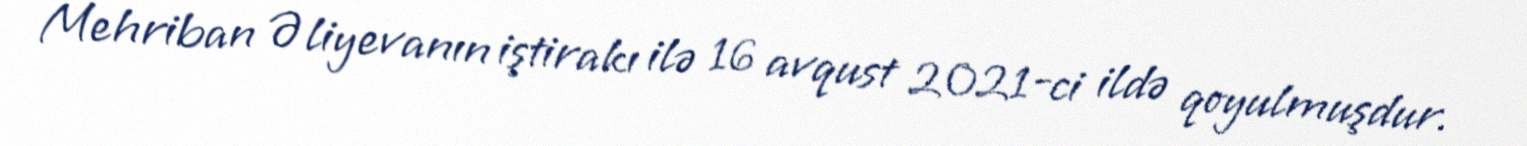
Mehriban Əliyevanın iştirakı ilə 16 avqust 2021-ci ildə qoyulmuşdur.